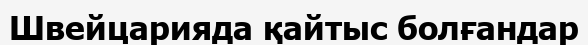
Швейцарияда қайтыс болғандар